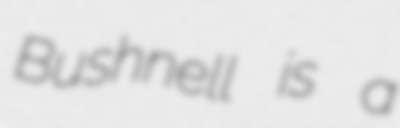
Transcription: Bushnell is a